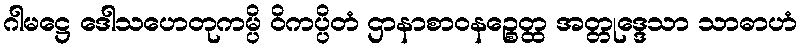
ဂါမဋ္ဌေ ဒေါသဟေတုကမ္ပိ ဝိကပ္ပိတံ ဌာနာစာဝနဉ္စေတ္ထ အတ္တုဒ္ဒေသာ သာဓာဟံ